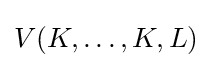
{\textstyle V(K,\ldots ,K,L)}